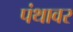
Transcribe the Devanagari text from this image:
पंथावर